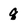
Character: q